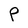
Character: P